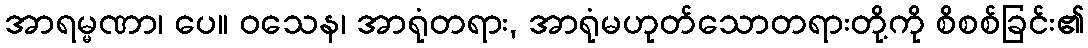
အာရမ္မဏာ၊ ပေ။ ဝသေန၊ အာရုံတရား, အာရုံမဟုတ်သောတရားတို့ကို စိစစ်ခြင်း၏